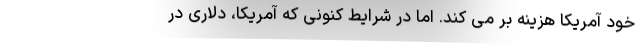
خود آمریکا هزینه بر می کند. اما در شرایط کنونی که آمریکا، دلاری در